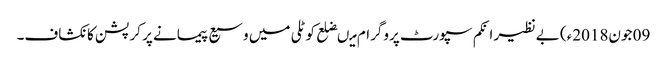
09 جون2018ء) بے نظیر انکم سپورٹ پروگرام میںضلع کوٹلی میں وسیع پیمانے پر کرپشن کا نکشاف۔